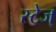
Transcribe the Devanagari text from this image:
स्टेज्